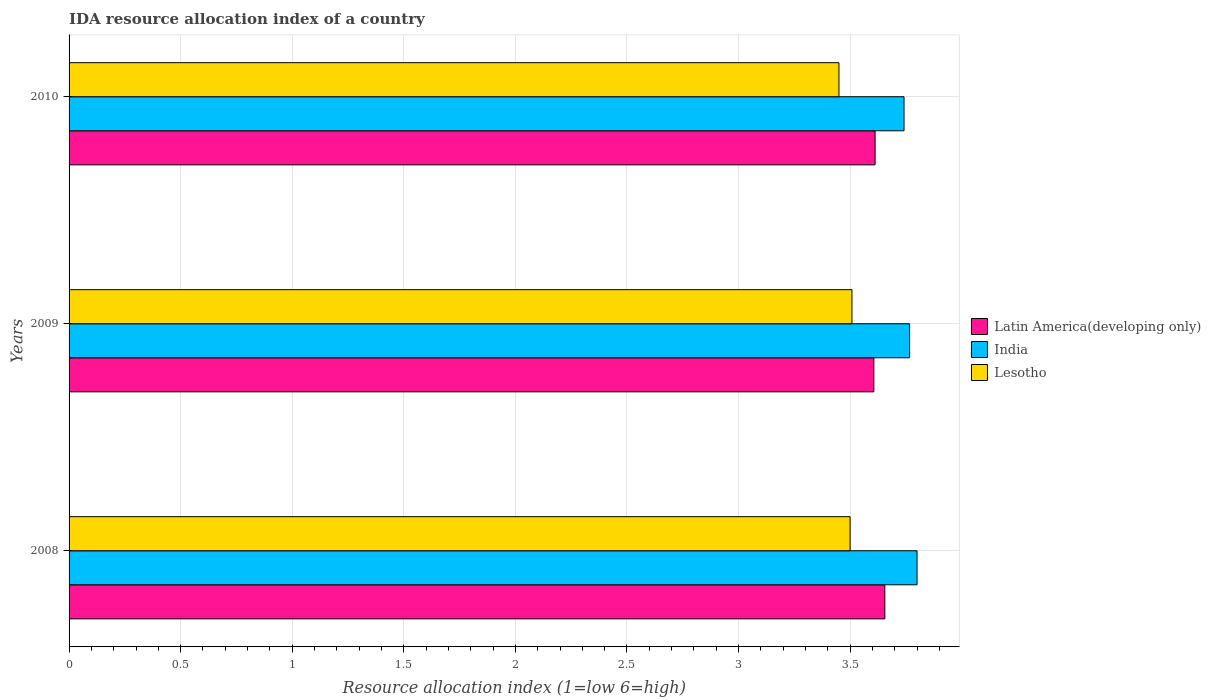
| Years | Latin America(developing only) | India | Lesotho |
 | --- | --- | --- | --- |
 | 2008 | 3.66 | 3.8 | 3.5 |
 | 2009 | 3.61 | 3.77 | 3.51 |
 | 2010 | 3.61 | 3.74 | 3.45 |